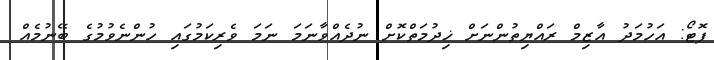
ފޮޓޯ: އަހުމަދު އާޒިމް ރައްޔިތުންނަށް ޚިދުމަތްކޮށް ނުދެއްވާނަމަ ނަމަ ވެރިކަމުގައި ހުންނެވުމުގެ ބޭނުމެއް